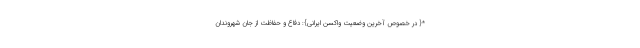
*{ در خصوص آخرین وضعیت واکسن ایرانی}: دفاع و حفاظت از جان شهروندان